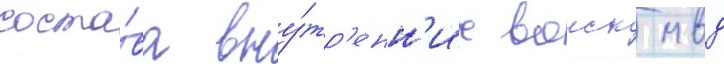
соста́ва вну́тр'енн'их воиск мвд